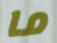
ما